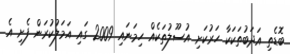
ބޮޑެތި އަދަބުތަކަކާ ހަރުކަށި އުސޫލުތަކެއް ހިމަނައި 2009 ގައި އަމަލުކުރަން ފެށި އެ